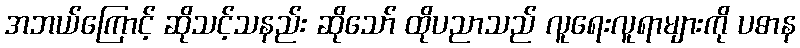
အဘယ်ကြောင့် ဆိုသင့်သနည်း ဆိုသော် ထိုပညာသည် လူရေးလူရာများကို ပဓာန